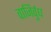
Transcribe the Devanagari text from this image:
वाजिर्वुध